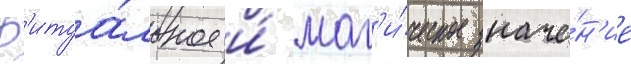
Р'итуа́льное и́ маг'и́ческое значе́н'ие